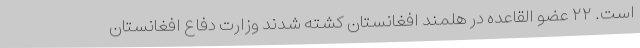
است. ۲۲ عضو القاعده در هلمند افغانستان کشته شدند وزارت دفاع افغانستان